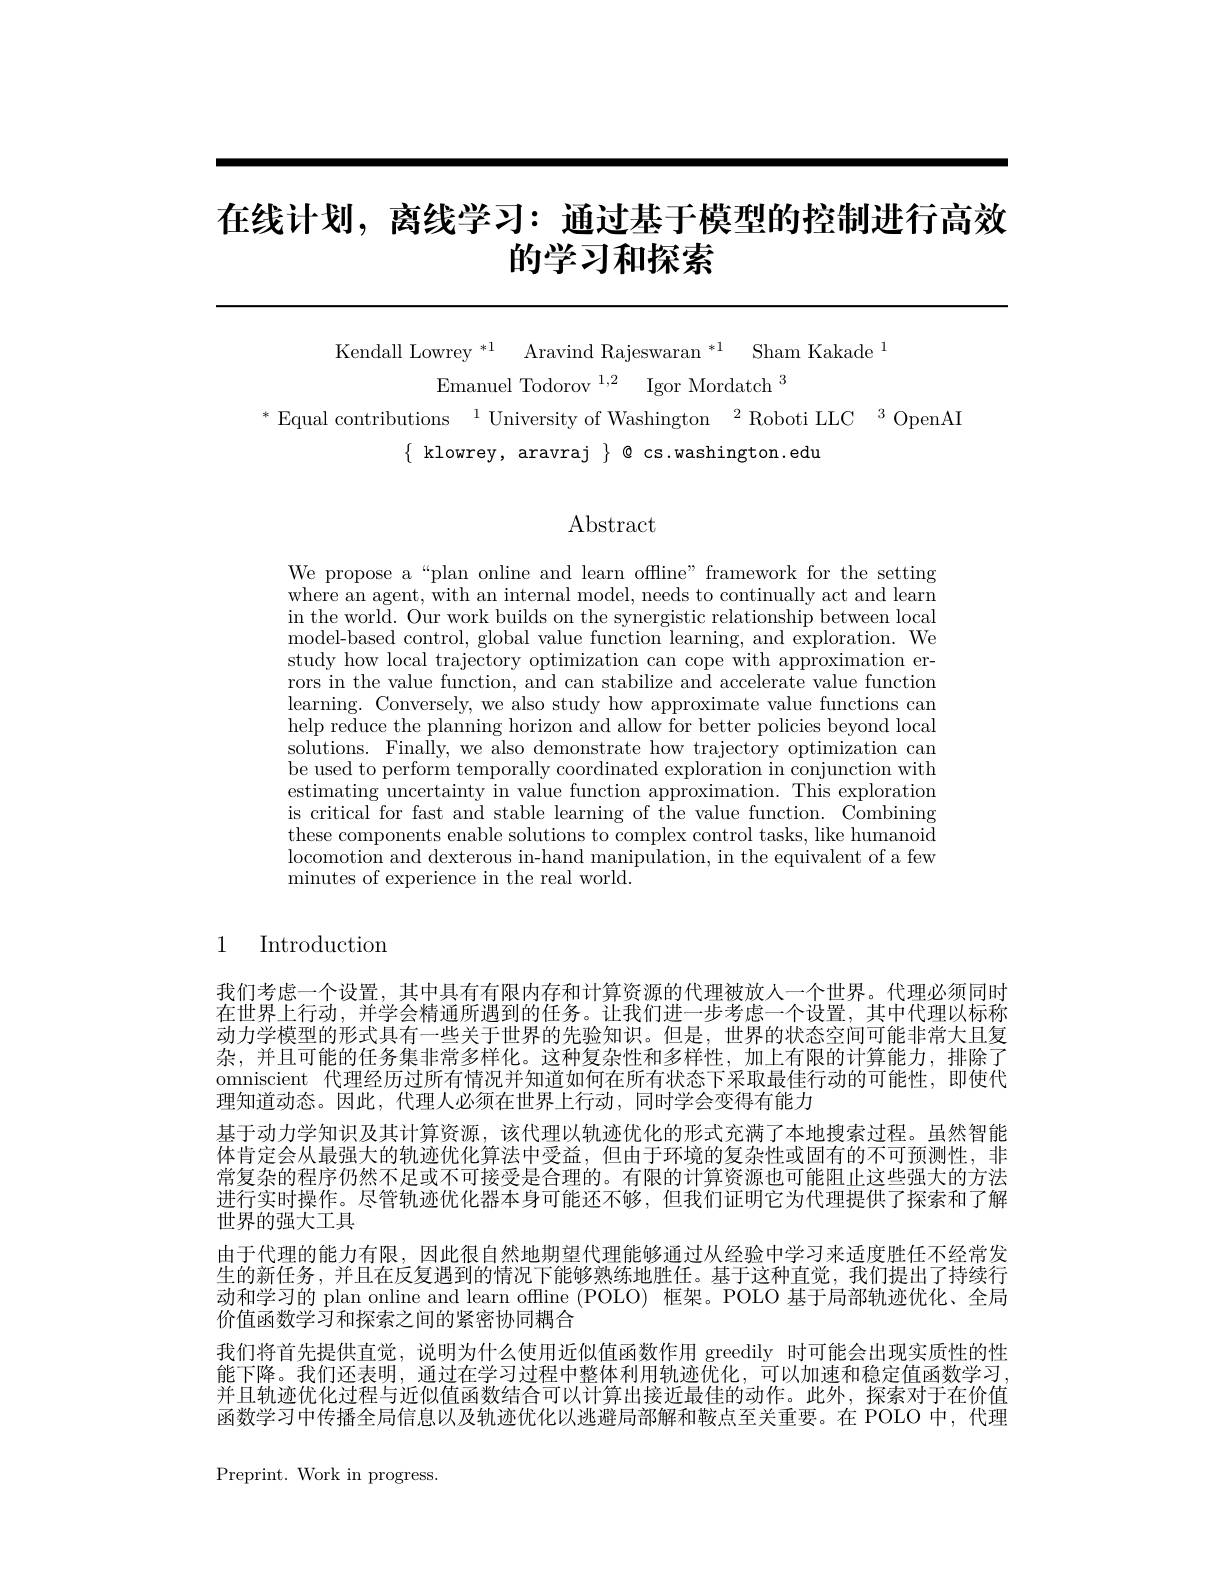
# 在线计划，离线学习：通过基于模型的控制进行高效的学习和探索

Kendall Lowrey $^{* 1}$ Aravind Rajeswaran $^{* 1}$ Sham Kakade$^{1}$
Emanuel Todorov $^{1, 2}$ Igor Mordatch$^3$
$^*$Equal contributions$^1$University of Washington$^2$Roboti LLC$^3$OpenAI
$\{$ klowrey, aravraj $\}\otimes$ cs.washington.edu

# $\operatorname{Abstract}$

We propose a“plan online and learn offline”framework for the setting where an agent, with an internal model, needs to continually act and learn in the world. Our work builds on the synergistic relationship between local model-based control, global value function learning, and exploration. We study how local trajectory optimization can cope with approximation errors in the value function, and can stabilize and accelerate value function learning. Conversely, we also study how approximate value functions can help reduce the planning horizon and allow for better policies beyond local solutions. Finally, we also demonstrate how trajectory optimization can be used to perform temporally coordinated exploration in conjunction with estimating uncertainty in value function approximation. This exploration is critical for fast and stable learning of the value function. Combining these components enable solutions to complex control tasks, like humanoid locomotion and dexterous in-hand manipulation, in the equivalent of a few minutes of experience in the real world.

## 1 Introduction

我们考虑一个设置，其中具有有限内存和计算资源的代理被放人一个世界。代理必须同时在世界上行动，并学会精通所遇到的任务。让我们进一步考虑一个设置，其中代理以标称动力学模型的形式具有一些关于世界的先验知识。但是，世界的状态空间可能非常大且复杂，并且可能的任务集非常多样化。这种复杂性和多样性，加上有限的计算能力，排除了omniscient 代理经历过所有情况并知道如何在所有状态下采取最佳行动的可能性，即使代理知道动态。因此，代理人必须在世界上行动，同时学会变得有能力
基于动力学知识及其计算资源，该代理以轨迹优化的形式充满了本地搜索过程。虽然智能体肯定会从最强大的轨迹优化算法中受益，但由于环境的复杂性或固有的不可预测性，非常复杂的程序仍然不足或不可接受是合理的。有限的计算资源也可能阻止这些强大的方法进行实时操作。尽管轨迹优化器本身可能还不够，但我们证明它为代理提供了探索和了解世界的强大工具
由于代理的能力有限，因此很自然地期望代理能够通过从经验中学习来适度胜任不经常发生的新任务，并且在反复遇到的情况下能够熟练地胜任。基于这种直觉，我们提出了持续行动和学习的 plan online and learn offline (POLO) 框架。POLO 基于局部轨迹优化、全局价值函数学习和探索之间的紧密协同耦合
我们将首先提供直觉，说明为什么使用近似值函数作用 greedily 时可能会出现实质性的性能下降。我们还表明，通过在学习过程中整体利用轨迹优化，可以加速和稳定值函数学习并且轨迹优化过程与近似值函数结合可以计算出接近最佳的动作。此外，探索对于在价值函数学习中传播全局信息以及轨迹优化以逃避局部解和鞍点至关重要。在 POLO 中，代理

Preprint. Work in progress.